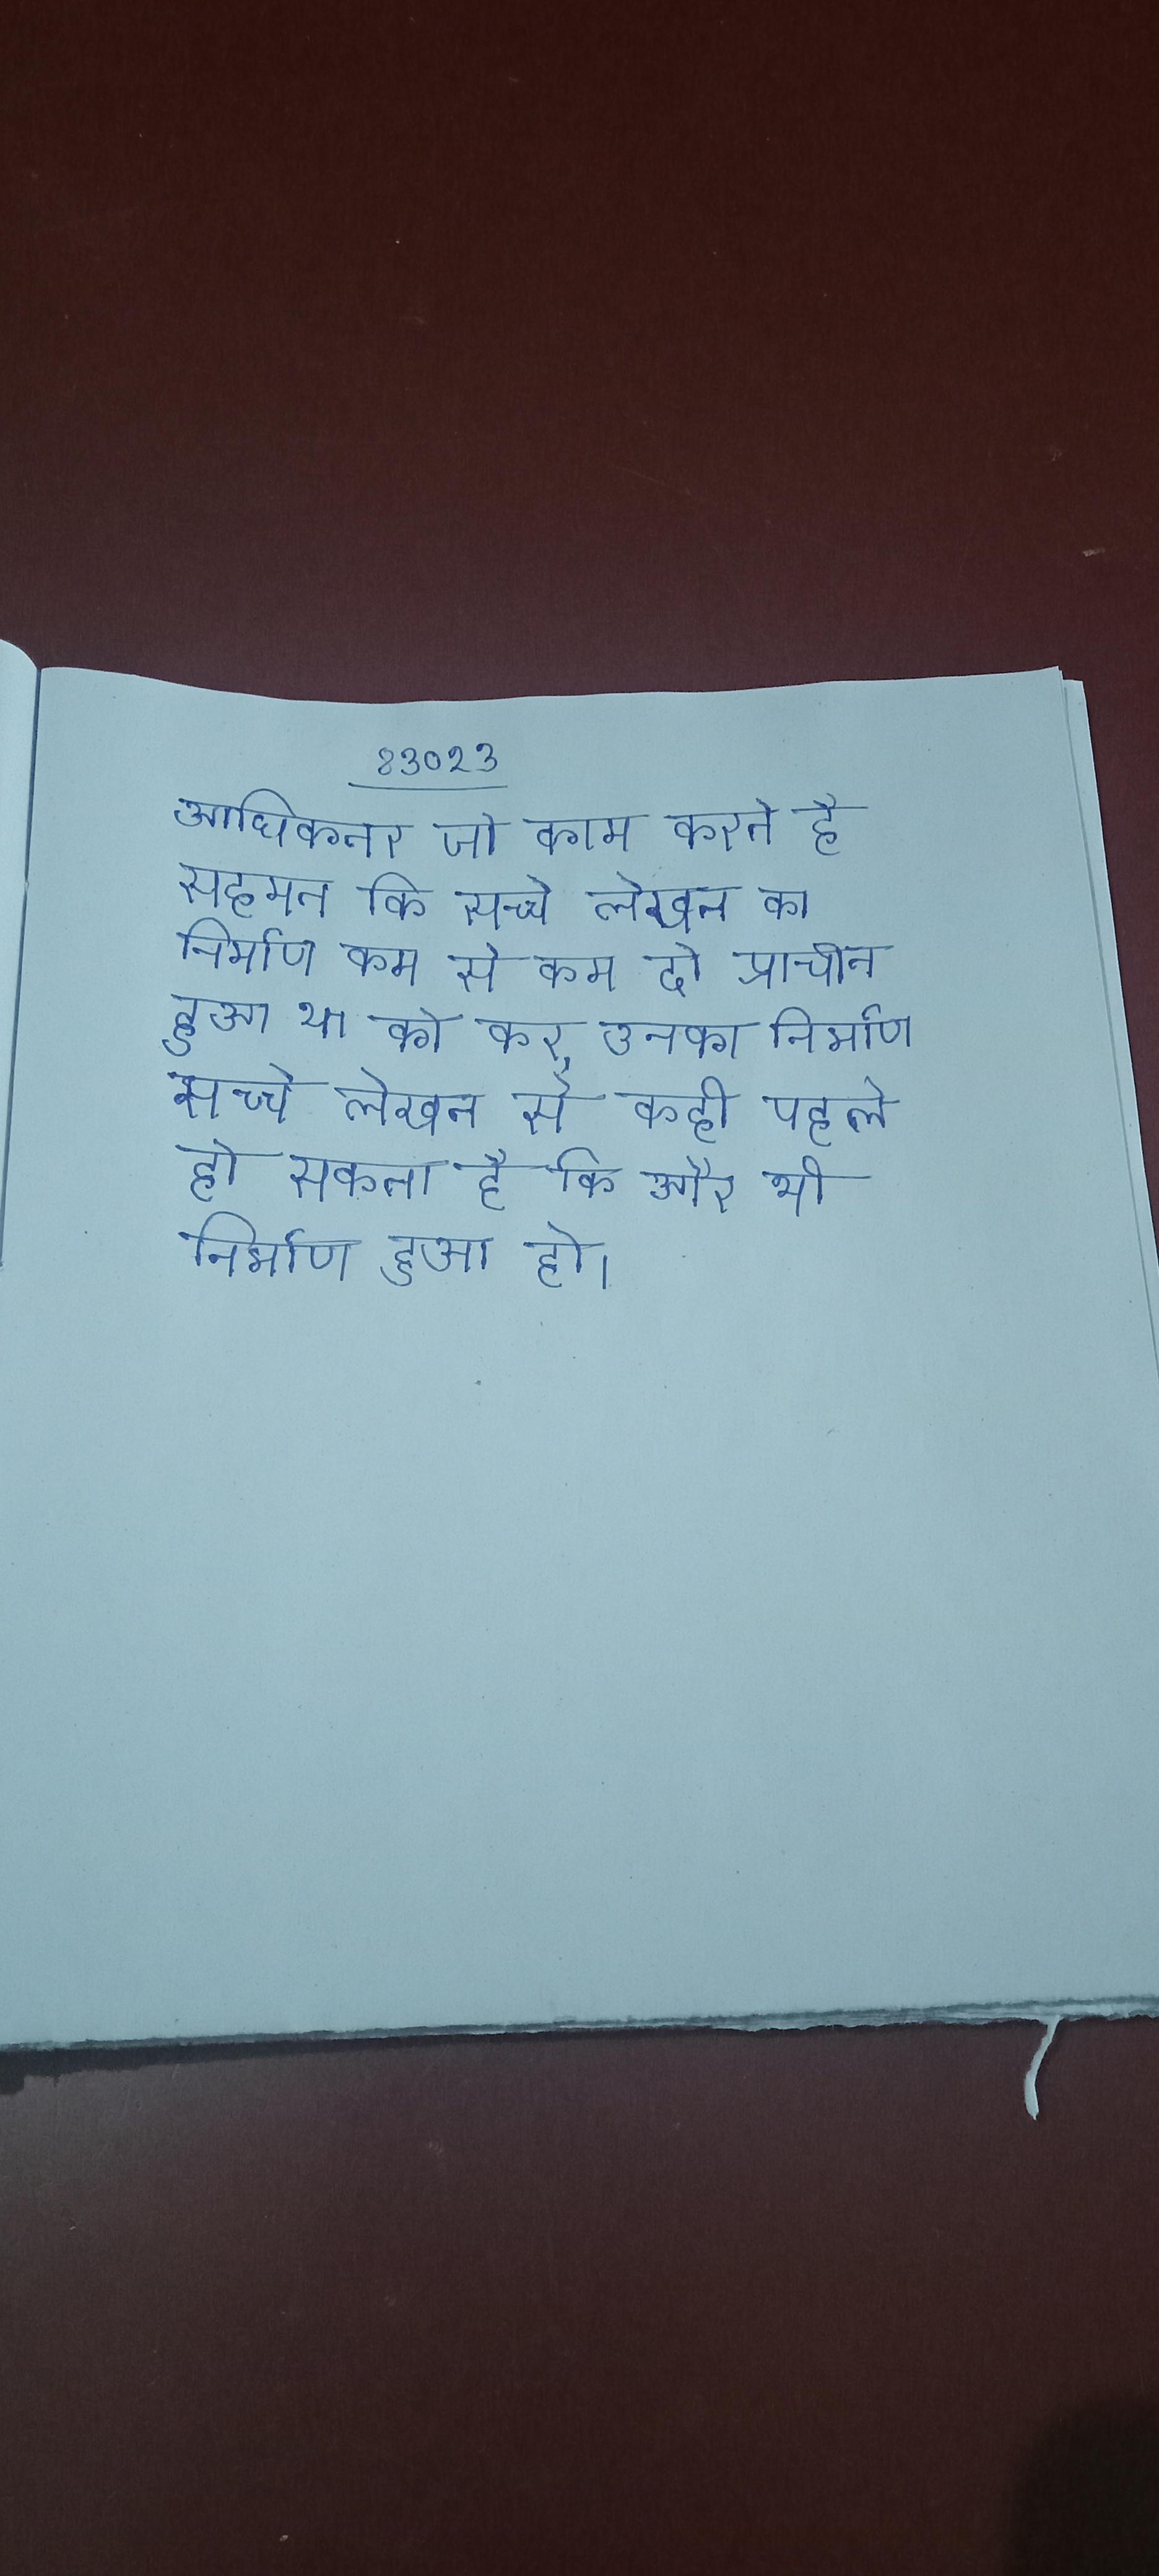
अधिकतर जो काम करते है सहमत कि सच्चे लेखन का निर्माण कम से कम दो प्राचीन हुआ था को कर, उनका निर्माण सच्चे लेखन से कही पहले हो चुका था), पर हो सकता है कि और भी निर्माण हुआ हो ।